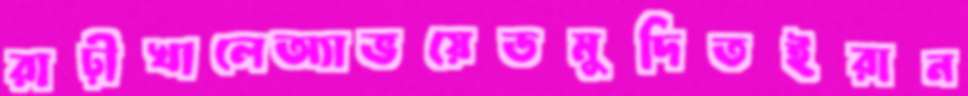
রাঢ়ীখালেঅ্যাভয়েডমুদিতইরান